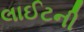
લાઈટની